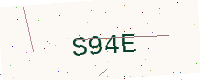
Text: S94E